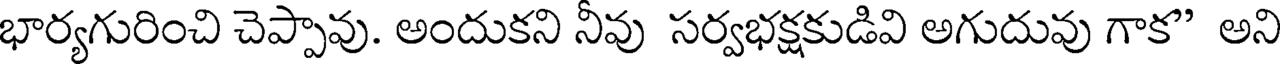
భార్యగురించి చెప్పావు. అందుకని నీవు సర్వభక్షకుడివి అగుదువు గాక" అని